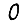
Digit: 0